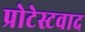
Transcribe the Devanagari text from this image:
प्रोटेस्टवाद